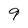
Character: 9